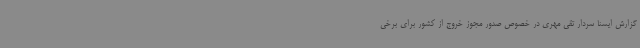
گزارش ایسنا سردار تقی مهری در خصوص صدور مجوز خروج از کشور برای برخی